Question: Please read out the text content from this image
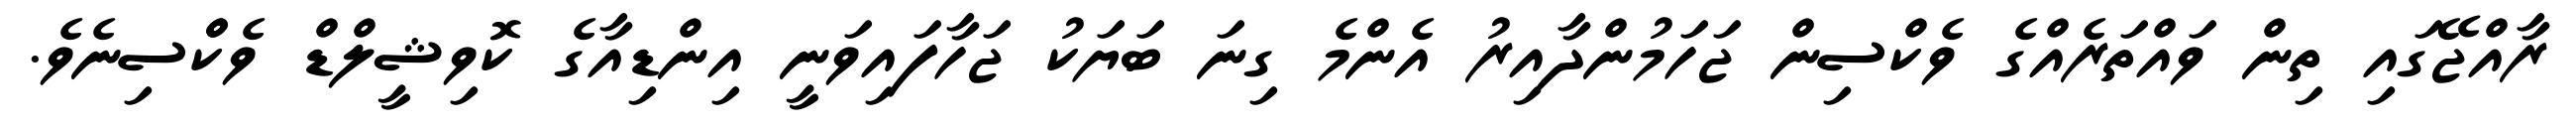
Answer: ރާއްޖޭގައި ތިން ވައްތަރެއްގެ ވެކްސިން ޖަހަމުންދާއިރު އެންމެ ގިނަ ބަޔަކު ޖަހާފައިވަނީ އިންޑިއާގެ ކޮވިޝީލްޑް ވެކްްސިނެވެ.